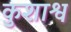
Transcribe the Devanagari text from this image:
कुशाश्व